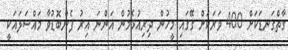
ގާތްގަނޑަކަށް 400 ވަރަކަށް ގޭގައި މީހުން ދިރިއުޅެމުން އަންނަ އިރު ފެންބޮޑުވާ މައްސަލައަކީ